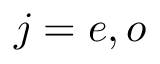
j = e , o